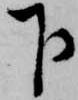
下